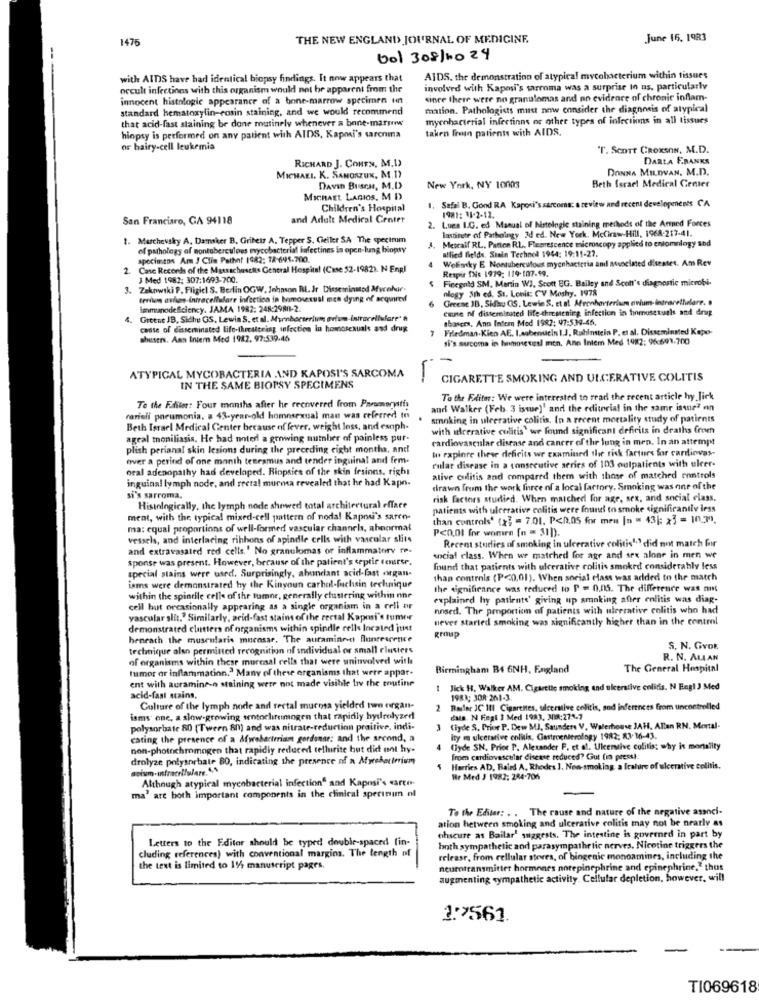
1475
THE NEW ENGLAND JOURNAL OF MEDICINE.
June 16. 1983
Vol 308/10 24
with AIDS have had identical biopsy findings. It now appears that
AIDS. the demonstration of atypical mycobacterium within tissues
occult infections with this organism would not be apparent from the
involved with Kaposi's tarroma was a surprise In us, particularly
innocent histologic appearance of a bone-marrow specimen un
since there were no granulomas and no evidence of chronic inflam-
standard hematoxylin-rosin staining, and we would recommend
mation. Pathologists must now consider the diagnosis of atypical
that acid-fast staining be done routinely whenever a bene-marrow
mycobacterial infections or other types of infections in all tissues
taken fromn patients with AIDS.
hiopsy is performed on any patient with AIDS, Kaposi's sarcoma
or hairy-cell leukemia
"T. Scort CROxsON, M.D.
DARLA FRANKS
RICHARD J. COMEN, M.I)
DONNA MILDVAN, M.D.
MICHAEL. K. SANOSZUK, M.1)
Beth Israel Medical Center
DAvin Buscas, M.D
New York, NY 10003
MICHAEL LABIOS, MD
1. Safai B. Gond RA Kaposi's sarcoma: a review and recent developenents CA
Children's Hospital
San Francisro, GA 94118
and Adult Medical Center
2. Lues I.G. ed Manual of histologic staining methodt of the Armed Forces
1921: 11-2-12.
Institute of Pathology 3d ed. New York. McCiraw-Hill, 1968-217-41.
1. Marchevsky A, Damaker B. Gribetr A. Tepper S. Celler SA The spectrum
J. Metcalf RL, Patton R.L. Flemescence microscopy applied to enlomnlogy and
of pathology af montuberculous mycobacterial lafectines is open-lung biopsy
alied fields. Stain Technol 1944: 19:11-27.
specimens Am J Clin Pathof 1982: 78-695.700.
Wolinky E Nontuberculous mycnhacteria and associated disestet. Am Rev
2.
Case Records of the Massachusetts General Hospital (Case 52-1982). N Engl
Respir INis 1979: 119-107.49.
J Med 1982: 307:1693-700.
Finegold SM. Martin WJ, Scott EG. Bailey and Scott's diagnostic microbi-
3.
3. Zekowski P. Fligiel S. Berlin OGW. Johnson BL. Jr Disseminstod Mvahar.
nlogy 5th ed. St. Lonit: CV Moshy, 1978
teritum avhos-Intracellulare infection in homosexual men dying of acquire
Greene ID, Sidau CS. Lewin S. et af Mronharterium avium-intracellulare. .
immunodeficiency. JAMA 1982: 248:2980-2.
Coune of disseminated life-threatening infection in homosexuals and drug
4. Greene JB, Sidhe GS, Lewin S. et al. Minborteriwm avtum-intracellulare' n
thasces, Ann Intern Med 1982: 47:538-46.
cause of disseminated life-thecatering infection in homosexuals and drug
7
Friedman.Kien AE. I.sobemicin 1.J. Rahinstein P. et al. Disseminated Kopo-
shestri. Aan Intern Med 1982. 97:539-46
si's sucoma in hnmoetsal men, Ann Iniem Med 1982: 96-691-700
.
ATYPICAL MYCOBACTERIA AND KAPOSI'S SARCOMA
-
CIGARETTE SMOKING AND ULCERATIVE COLITIS
IN THE SAME BIOPSY SPECIMENS
To the Editor: We were interested to read the recent article hy Jick
Te the Ffiter: Four months after he recovered from Paramerytis
and Walker (Feb. 3 istue)' and the editorial in the same issue? en
rarisli pneumonia, a 43-year-old homosexual man was referred to
smoking in ulcerative colitis, In a recent mortality study of patients
Beth Israel Medical Center because of fever. weight less, and esoph.
with ulcerative colitis' we found significant deficits in deaths from
ageal toniliasis. He had noted a growing number of painless pur-
cardiovascular disease and cancer of the lung in men. In an attempt
plish perianal skin lesions during the preceding eight months, and
In raplore these deficits we canmined the risk factors for cardiovas-
over a perind of one month teseamus and tender inguinal and fem-
oral adenopathy had developed. Rinpsies of the skin frsinns. right
rular disease in a consecutive series of 103 oulpatients with ulcer-
inguinal lymph node, and rectal murma revealed that he had Kapn.
ative colitis and compared them with those of matched controls
drawn from the work force of a local fartory, Smoking was one of the
si's sarroma.
risk factors studied. When matched for age, sex, and social class.
Histologically, the lymph node showed total architectural efface
patients with ulcerative colitis were found to smoke significantly less
meat, with the typical mixed-cell pattern of noda! Kaposi's saren-
than controls' (x3 = 7.01. P<0.05 for men [n = 43|: x3 = 10.30.
ma: equal proportions of well-formed vascular channels, abnormal
P<0,01 for women [n = 31]).
vessels, and interlacing ribbons of spindle cells with vascular slits
Recent studies of smoking In ulcerative colitis'' did not match for
and extravasated red cells.' No granulomas or inflammatory re-
sponse was present. However, because of the patient's septic teurse.
social class. When we matched for age and sex alone in men we
special stains were used. Surprisingly, abundant acid-fast organ-
found that patients with ulcerative colitis smoked considerably less
than controls (P<0,01). When social class was added to the match
isms were demonstrated by the Kinyoun carhol-fuchsin technique
the significance was reduced to P = 0.05. The difference was mit
within the spintile celle of the tumor, generally clustering within nne
explained hy patients' giving up smoking after enlitis was diag-
cell but occasionally appearing as a single organism in a cell ar
nosed. The proportion of patients with ulcerative colitis who had
vascular slit." Similarly, arid-fast stain of the rectal Kapmsi's tumor
never started smoking was significantly higher than in the control
demonstrated clusters of organisms within spindle celle located jtist
beneath the muscularis mucosar. The auraminno Bunrescence
technique also permitted recognition of individual or small clusters
S. N. GYor
of organisms within these murcaal cells that were uninvolved with
R. N. ALLAN
humor or inflammation.ª Many of thew organisms that were appar.
Birmingham B4 6NH, England
The General Hospital
ent with auramine-o staining were not made visible bov the routine
1 Jick H. Walker AM. Cigarette smoking and ulcerative colitis. N Engl J Med
acid-fast stains.
1983; 308-261-3.
Culture of the lymph node and rectal murosa yielded two ergan-
₦
Rasler JC Il1 Cigarettes, ulcerative colitis, sod inferences from uncontrolled
isms one, a slow-growing sentochirumogen that rapidly hydrolyzed
dala. N Fegt ] Med 1993, 38:273.7
polysorbate 80 (Tween 80) and was nitrate-reduction praitive, indi-
Ciyde S. Prior P. Dew MJ, Saunders V. Waterhouse JAFf, Allan RN. Mortal-
cating the presence of a Afwebarteriam gerdonar: and the second, a
Ity in ulcerative colitis, Gastroenterology 1982; 83.36-43.
non-photochromogen that rapidly reduced tellurite but did unt hy-
Clyde SN. Prior P. Alexander F. et al. Uleenalve colitis; why is mortality
drolyze polysorbate 80, indicating the presence of a Myrebatirrium
Ingen cardiovascular disease reduced? Gut (in press).
Harries AD. Baird A. Rhodes ]. Non-smoking, a fralure of ulcerative colitis.
Although atypical mycobacterial infection and Kaposi's carte-
Hr Med J 1982: 284-706
ma' are both important components in the clinical sperinum nl
To the Editar: . . The rause and nature of the negative associ-
ation between smoking and ulcerative colitis may not be nearly as
Letters to the Editor should be typed double-spaced fin-
ohscure as Bailar' suggests. The intestine is governed in part by
cluding references) with conventional margins. The length of
both sympathetic and parasympathetic nerves. Nicotine triggers the
release, from cellular steres, of biogenic monoamines, including the
the text is limited to 14 manuscript pages.
neurotransmitter hormones norepinephrine and epinephrine." thus
augmenting sympathetic activity. Cellular depletion, however. will
1:2561.
TI069618